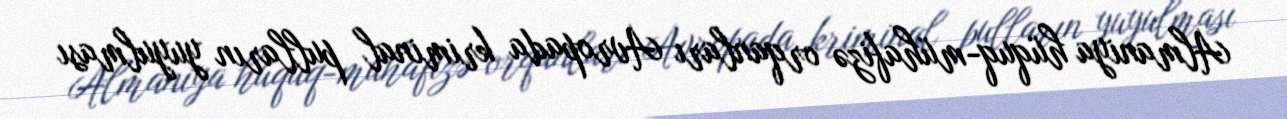
Almaniya hüquq-mühafizə orqanları Avropada kriminal pulların yuyulması